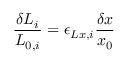
\frac { \delta L _ { i } } { L _ { 0 , i } } = \epsilon _ { L x , i } \frac { \delta x } { x _ { 0 } }